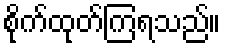
စိုက်ထုတ်ကြရသည်။